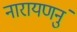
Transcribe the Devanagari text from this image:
नारायणनुं